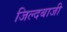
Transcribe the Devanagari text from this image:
जिल्दबाजी